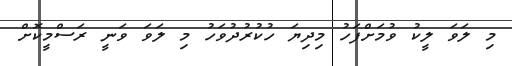
މި ލަވަ ލީކު ވުމަށްފަހު މިދިޔަ ހުކުރުދުވަހު މި ލަވަ ވަނީ ރަސްމީކޮށް